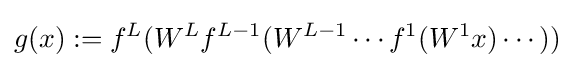
g(x):=f^{L}(W^{L}f^{L-1}(W^{L-1}\cdots f^{1}(W^{1}x)\cdots ))